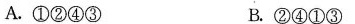
A.①②④③ B.②④①③